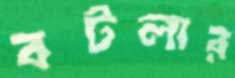
বটলার